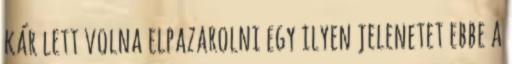
kár lett volna elpazarolni egy ilyen jelenetet ebbe a